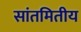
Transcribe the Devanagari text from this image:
सांतमितीय